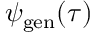
\psi _ { \mathrm { g e n } } ( \tau )